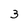
Character: 3